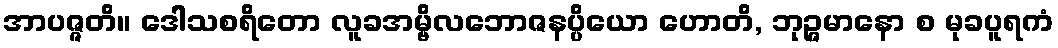
အာပဇ္ဇတိ။ ဒေါသစရိတော လူခအမ္ဗိလဘောဇနပ္ပိယော ဟောတိ, ဘုဉ္ဇမာနော စ မုခပူရကံ